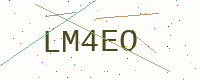
Text: LM4EO